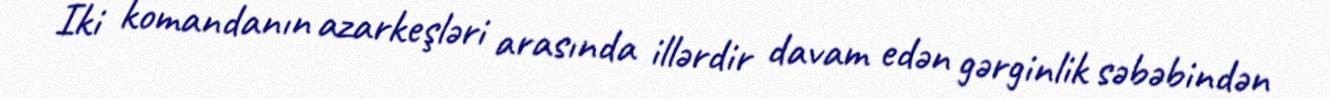
İki komandanın azarkeşləri arasında illərdir davam edən gərginlik səbəbindən